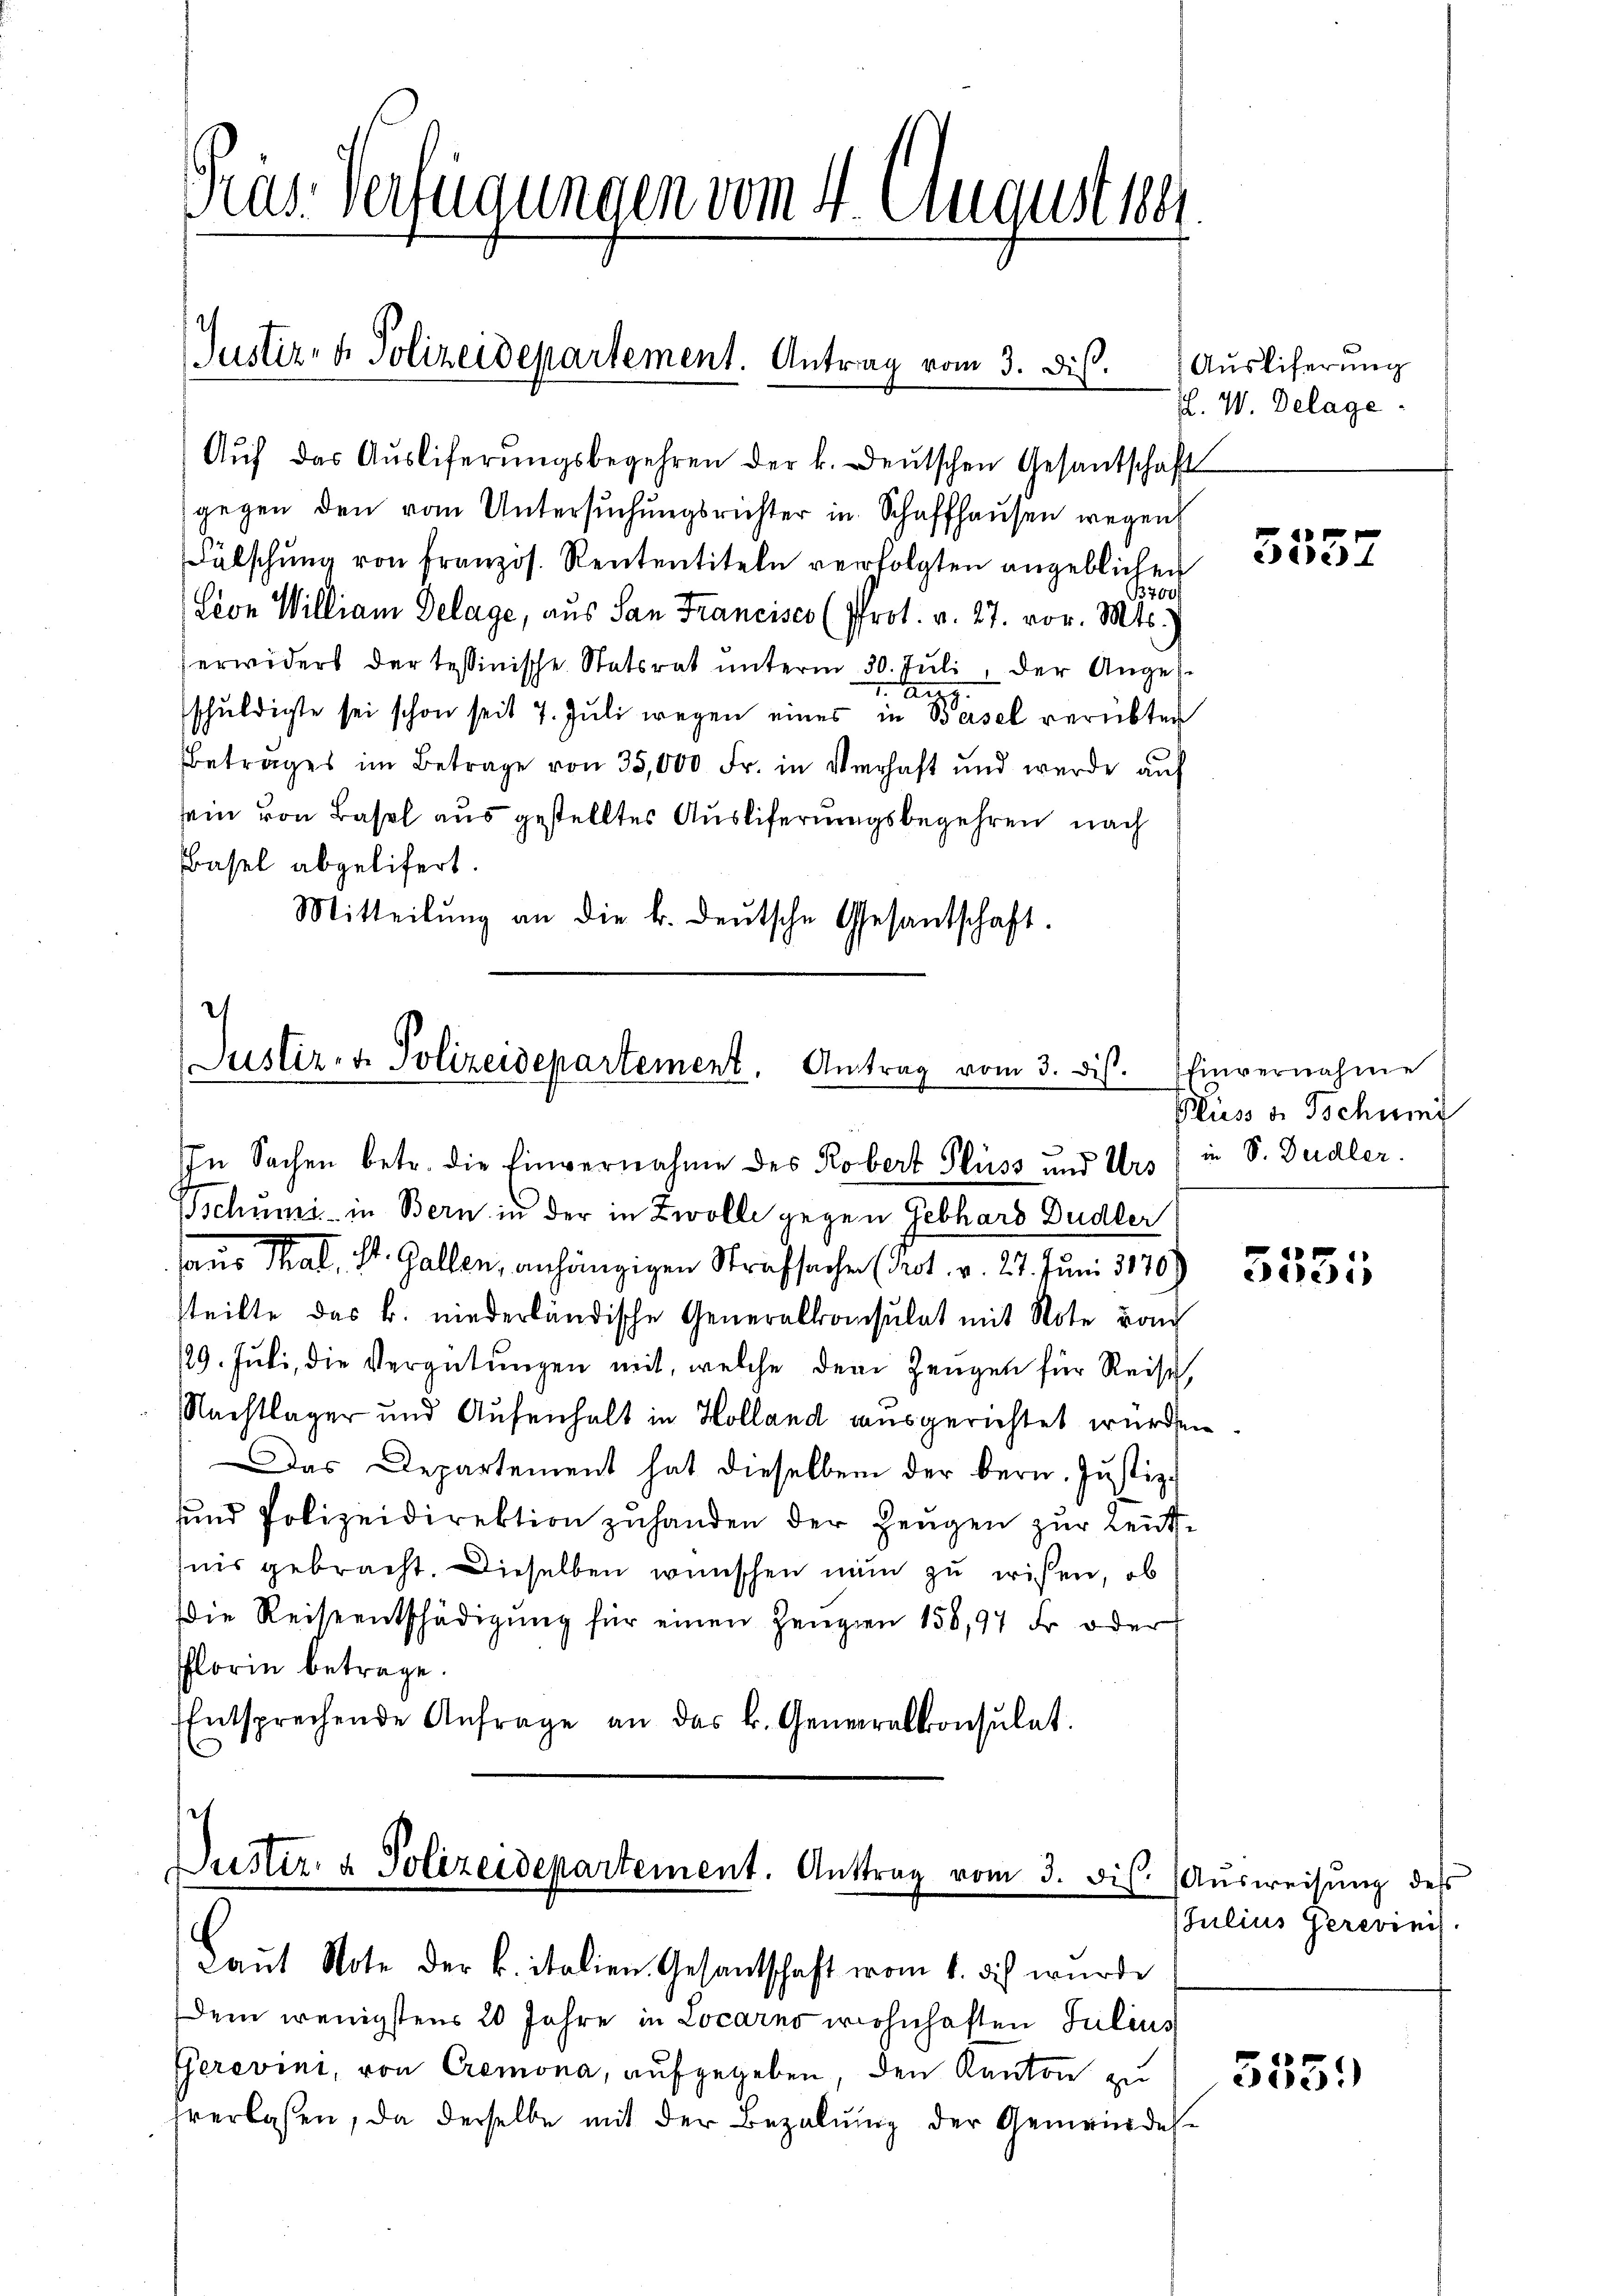
Gras Verfügungen vom 4. August 188

Justiz- & Polizeidepartement. Antrag vom 3. Dis.

Aŭf das Aŭsliferŭngsbegehren der k. deŭtschen Gesandschaft
gegen den vom Untersuchungsrichter in Schaffhausen wegen
Fälschung von französ. Rententiteln verfolgten angeblichen
3700f
Lion William Delage, aus San Francises (Prot. v. 27. vor. Mts.
erwiders der tessinische Statsrat ŭnterm 30. Juli, der Anges¬
1. Aug
schŭldigte sei schon seit 7. Jŭli wegen eines in Basel verübten
Betrages im Betrage von 35,000 Fr. in Verhaft und wurde auf
sein von Basel aus gestelltes Ausliferungsbegehren nach
Basel abgelifert.
Mitteilŭng an die k. deŭtsche Gesantschaft.

Justiz- & Polizeidepartement. Antrag vom 3. Dis
In Sachen betr. die Einvernahme des Robert Pluss und Urs) in S. Dudler.

Tschumi- in Bern in der in Zwolle gegen Gebhard Dudler
aus Thal, St. Gallen, anhängigen Strafsache (Not. v. 27. Juni 1789
steilte das k. niederländische Generalkonsulat mit Note von
129. Juli, die Vergütungen mit, welche dem Zeugen für Reise,
Nachtlager und Aufenhalt in Holland ausgerichtet wurden
Das Departement hat dieselben der bern. Justiz-
und Polizeidirektion zuhanden der Zeugen zur Leute
nis gebracht. Dieselben wünschen nun zu wisen, ob
Die Reiseentschädigŭng für einen Zeugen 156,97 Fr. oder
florin betrage.
Entsprechende Anfrage an das k. Generalkonsulat

Justiz- & Polizeidepartement. Antrag vom 3. Fil.
Laut Note der k. italien. Gesantschaft vom 1. dich wurde

Ausliferung
F. W. Delage

Dem wenigstens 20 Jahre in Locarns wohnhaften Julius
Gerevini, von Cremona, aufgegeben, den Kanton zu
verlassen, da derselbe mit der Bezalŭng der Gemeindes-

p
cere)

hinvernahme
Pluss v. Tschung

e
ELE).

Ausweisung des
Julius Gerevinis

355.